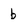
Character: b